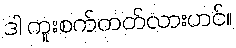
ဒါ ကူးစက်တတ်လားဟင်။